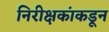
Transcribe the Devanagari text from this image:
निरीक्षकांकडून